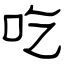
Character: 吃